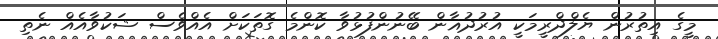
މީގެ އިތުރުން ޔެލްދްރީމަކީ އުރުދުޣާން ބޭނުންފުޅުވާ ކޮންމެ ގޮތަކަށް އެއްވެސް ޝަކުވާއެއް ނެތި